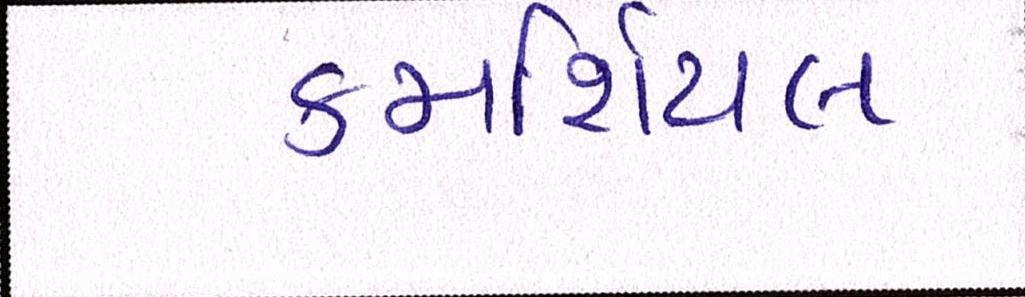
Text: કમર્શિયલ